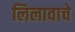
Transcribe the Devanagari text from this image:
लिलावाचे